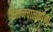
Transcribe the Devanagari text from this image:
विमानचालकांना